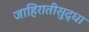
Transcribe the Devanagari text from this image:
जाहिरातीसुद्धा